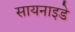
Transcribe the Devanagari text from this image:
सायनाइडे